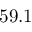
5 9 . 1